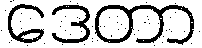
ဒေတာ